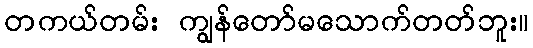
တကယ်တမ်း ကျွန်တော်မသောက်တတ်ဘူး။